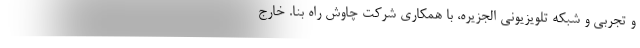
و تجربی و شبکه تلویزیونی الجزیره، با همکاری شرکت چاوش راه بنا. خارج